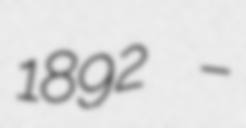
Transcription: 1892 –